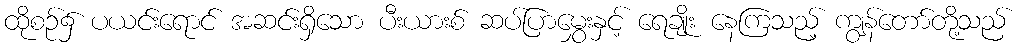
ထိုစဉ်၌ ပယင်းရောင် အဆင်းရှိသော ပီးယားစ် ဆပ်ပြာမွှေးနှင့် ရေချိုး နေကြသည့် ကျွန်တော်တို့သည်